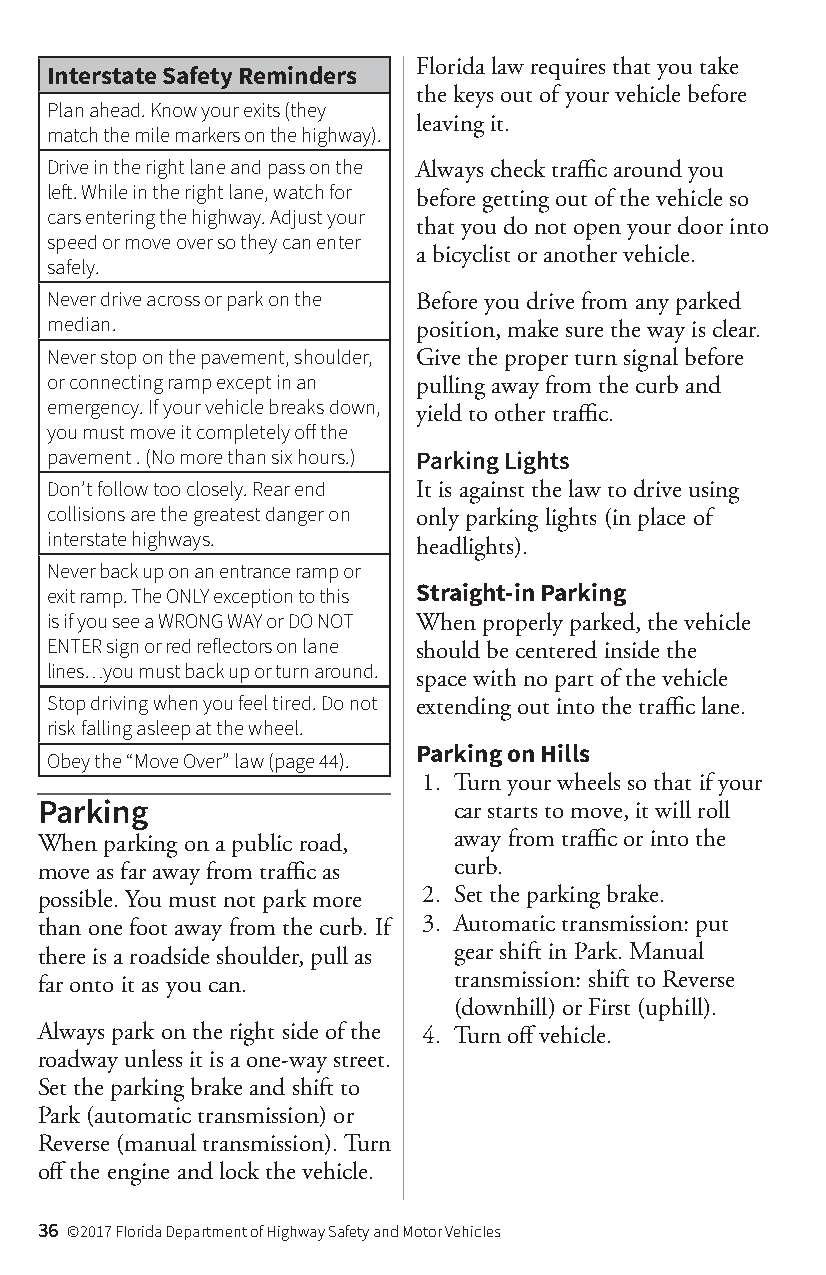
Florida law requires that you take
 Interstate Safety Reminders
 the keys out of your vehicle before
 Plan ahead. Know your exits (they
 leaving it.
 match the mile markers on the highway).
 Drive in the right lane and pass on the Always check traffic around you
 left. While in the right lane, watch for before getting out of the vehicle so
 cars entering the highway. Adjust your
 that you do not open your door into
 speed or move over so they can enter
 a bicyclist or another vehicle.
 safely.
 Never drive across or park on the Before you drive from any parked
 median.                  position, make sure the way is clear.
 Never stop on the pavement, shoulder, Give the proper turn signal before
 or connecting ramp except in an pulling away from the curb and
 emergency. If your vehicle breaks down,
 yield to other traffic.
 you must move it completely off the
 pavement . (No more than six hours.) Parking Lights
 Don’t follow too closely. Rear end It is against the law to drive using
 collisions are the greatest danger on only parking lights (in place of
 interstate highways.
 headlights).
 Never back up on an entrance ramp or
 exit ramp. The ONLY exception to this Straight-in Parking
 is if you see a WRONG WAY or DO NOT When properly parked, the vehicle
 ENTER sign or red reflectors on lane should be centered inside the
 lines…you must back up or turn around.
 space with no part of the vehicle
 Stop driving when you feel tired. Do not extending out into the traffic lane.
 risk falling asleep at the wheel.
 Parking on Hills
 Obey the “Move Over” law (page 44).
 1. Turn your wheels so that if your
 Parking                     car starts to move, it will roll
 When parking on a public road, away from traffic or into the
 move as far away from traffic as curb.
 possible. You must not park more 2. Set the parking brake.
 than one foot away from the curb. If 3. Automatic transmission: put
 there is a roadside shoulder, pull as gear shift in Park. Manual
 far onto it as you can.     transmission: shift to Reverse
 (downhill) or First (uphill).
 Always park on the right side of the 4. Turn off vehicle.
 roadway unless it is a one-way street.
 Set the parking brake and shift to
 Park (automatic transmission) or
 Reverse (manual transmission). Turn
 off the engine and lock the vehicle.
 36 ©2017 Florida Department of Highway Safety and Motor Vehicles